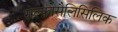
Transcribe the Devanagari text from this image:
सल्फ़ोसैलिसिलिक